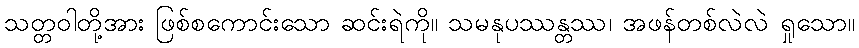
သတ္တဝါတို့အား ဖြစ်စကောင်းသော ဆင်းရဲကို။ သမနုပဿန္တဿ၊ အဖန်တစ်လဲလဲ ရှုသော။